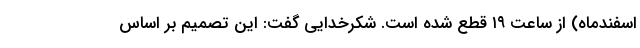
اسفندماه) از ساعت ۱۹ قطع شده است. شکرخدایی گفت: این تصمیم بر اساس